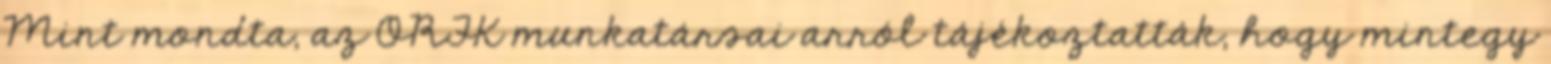
Mint mondta, az ORFK munkatársai arról tájékoztatták, hogy mintegy